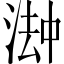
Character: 𬈅